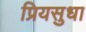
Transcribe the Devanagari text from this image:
प्रियसुधा